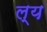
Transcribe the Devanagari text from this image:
ल्य